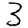
Digit: 3